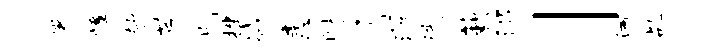
署憧欹芹期挫减恚射屑濯流蔌涓」洒乩